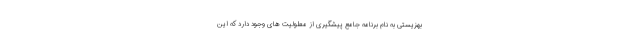
بهزیستی به نام برنامه جامع پیشگیری از معلولیت‌ های وجود دارد که این